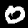
Label: 0